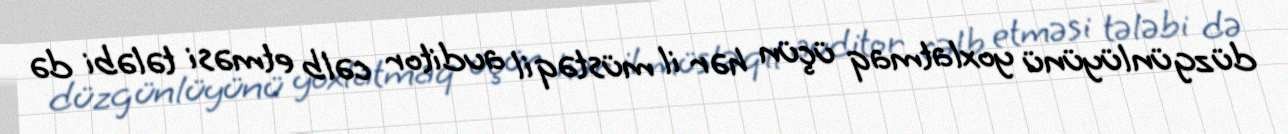
düzgünlüyünü yoxlatmaq üçün hər il müstəqil auditor cəlb etməsi tələbi də